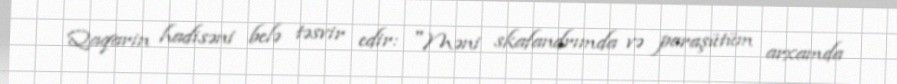
Qaqarin hadisəni belə təsvir edir: "Məni skafandrımda və paraşütüm arxamda